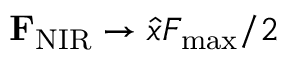
{ \bf F } _ { \mathrm { N I R } } \rightarrow \hat { x } F _ { \mathrm { m a x } } / 2